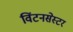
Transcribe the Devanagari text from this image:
विंटनसेस्टर